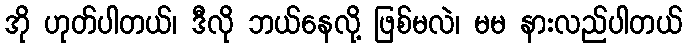
အို ဟုတ်ပါတယ်၊ ဒီလို ဘယ်နေလို့ ဖြစ်မလဲ၊ မမ နားလည်ပါတယ်